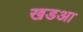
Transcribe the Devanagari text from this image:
खडआ